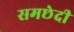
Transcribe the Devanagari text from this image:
समछेदी